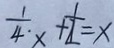
\frac { 1 } { 4 } \cdot x + \frac { 1 } { 2 } = x